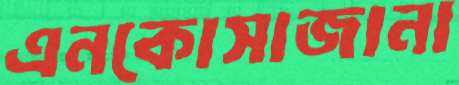
এনকোসাজানা